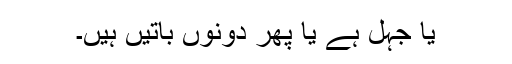
یا جہل ہے یا پھر دونوں باتیں ہیں۔